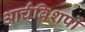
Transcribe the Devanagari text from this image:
आर्चबिशपों